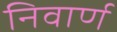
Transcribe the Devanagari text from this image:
निवार्ण